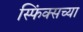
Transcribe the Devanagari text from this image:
स्फिंक्सच्या